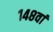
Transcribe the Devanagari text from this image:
१४८वां